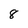
Character: 8